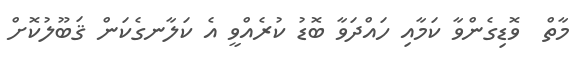
މާތް  ވޮޑިގެންވާ ކަމާއި ހައްދަވާ ބޮޑު ކުރެއްވީ އެ ކަލާނގެކަން ޤަބޫލުކޮށް